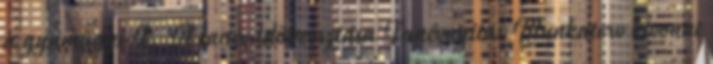
a gyámügyi I. A tanév időbeosztása Tanévnyitás Munkaterv kivonat